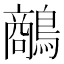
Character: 𪄲